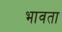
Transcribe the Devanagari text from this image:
भावता